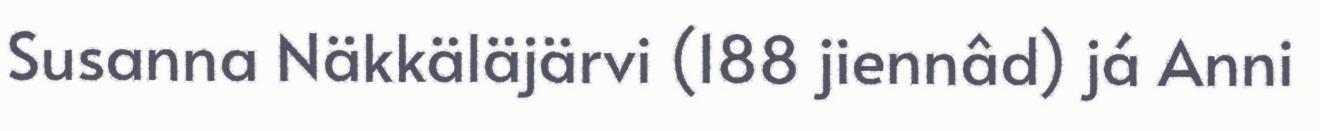
Susanna Näkkäläjärvi (188 jiennâd) já Anni